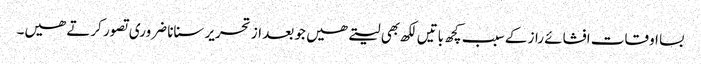
بسا اوقات افشائے راز کے سبب کچھ باتیں لکھ بھی لیتے ھیں جو بعد از تحریر سنانا ضروری تصور کرتے ھیں۔